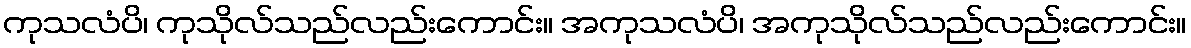
ကုသလံပိ၊ ကုသိုလ်သည်လည်းကောင်း။ အကုသလံပိ၊ အကုသိုလ်သည်လည်းကောင်း။